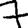
Digit: 7